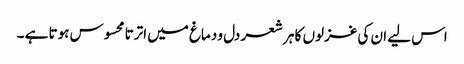
اس لیے ان کی غزلوں کا ہر شعر دل و دماغ میں اترتا محسوس ہوتا ہے ۔